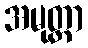
အမုတ္တာ